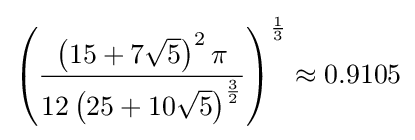
\left({\frac {\left(15+7{\sqrt {5}}\right)^{2}\pi }{12\left(25+10{\sqrt {5}}\right)^{\frac {3}{2}}}}\right)^{\frac {1}{3}}\approx 0.9105